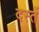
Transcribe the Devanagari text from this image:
दस्तें